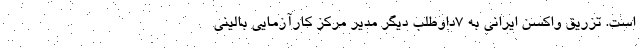
است. تزریق واکسن ایرانی به 7داوطلب دیگر مدیر مرکز کارآزمایی بالینی